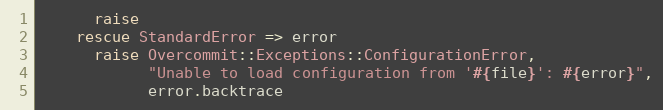
Language: Ruby
      raise
    rescue StandardError => error
      raise Overcommit::Exceptions::ConfigurationError,
            "Unable to load configuration from '#{file}': #{error}",
            error.backtrace